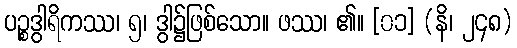
ပဉ္စဒွါရိကဿ၊ ၅၊ ဒွါ၌ဖြစ်သော။ ဖဿ၊ ၏။ [၀၁] (နိ၊ ၂၄၈)